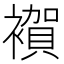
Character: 𧝂